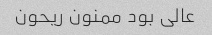
عالی بود ممنون ریحون